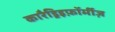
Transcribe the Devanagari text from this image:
कारैड्रिइफ़ॉर्मीज़